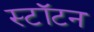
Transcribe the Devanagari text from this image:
स्टॉटन